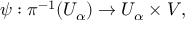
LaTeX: \psi : \pi ^ { - 1 } ( U _ { \alpha } ) \rightarrow U _ { \alpha } \times V ,